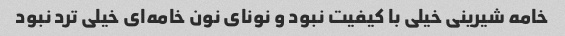
خامه شیرینی خیلی با کیفیت نبود و نونای نون خامه‌ای خیلی ترد نبود